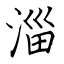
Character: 淄